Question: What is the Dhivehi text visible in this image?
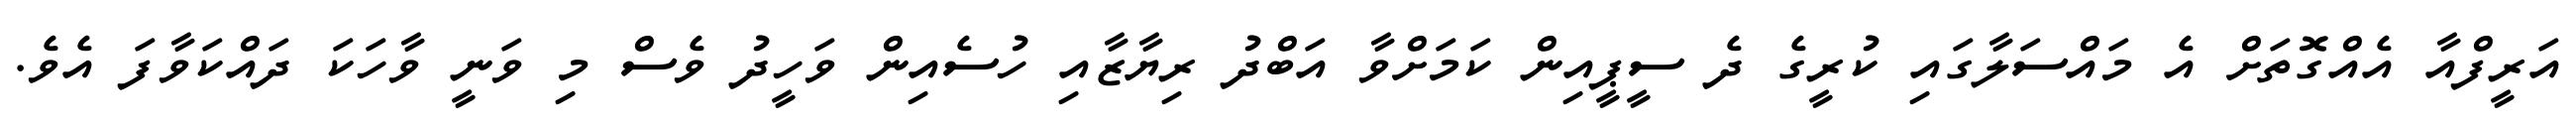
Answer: އަރީފްއާ އެއްގޮތަށް އެ މައްސަލާގައި ކުރީގެ ދެ ސީޕީއިން ކަމަށްވާ އަބްދު ރިޔާޒާއި ހުސެއިން ވަހީދު ވެސް މި ވަނީ ވާހަކަ ދައްކަވާފަ އެވެ.